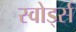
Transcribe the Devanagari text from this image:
स्वोर्ड्स